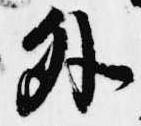
外